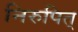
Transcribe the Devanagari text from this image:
निरुपित्